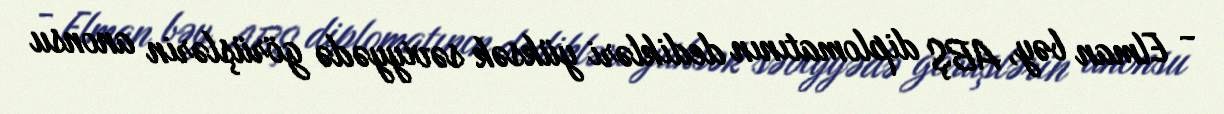
- Elman bəy, ABŞ diplomatının dedikləri yüksək səviyyədə görüşlərin anonsu